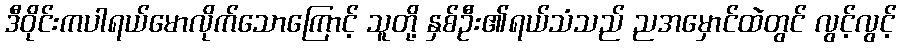
ဒီဝိုင်းကပါရယ်မောလိုက်သောကြောင့် သူတို့ နှစ်ဦး၏ရယ်သံသည် ညအမှောင်ထဲတွင် လွင့်လွင့်